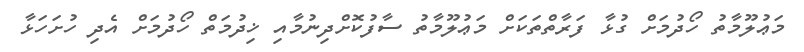
މަޢުލޫމާތު ހޯދުމަށް ގުޅާ ފަރާތްތަކަށް މަޢުލޫމާތު ސާފުކޮށްދިނުމާއި ޚިދުމަތް ހޯދުމަށް އެދި ހުށަހަޅާ